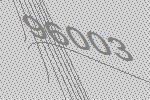
96003